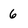
Character: 6